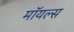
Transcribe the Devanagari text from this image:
मॉयल्स